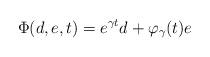
LaTeX: \begin{align*}\Phi(d,e,t) = e^{\gamma t} d + \varphi_{\gamma}(t) e\end{align*}